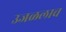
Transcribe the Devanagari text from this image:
उजळलाच